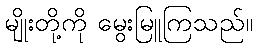
မျိုးတို့ကို မွေးမြူကြသည်။